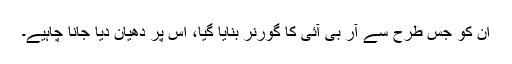
ان کو جس طرح سے آر بی آئی کا گورنر بنایا گیا، اس پر دھیان دیا جانا چاہیے۔